Bréfritari: Margrét Bjarnadóttir
Viðtakandi: Jón Borgfirðings Jónsson
Dagsetning: A-1894-08-12
Skrifað á: Reykjavík  Gull.

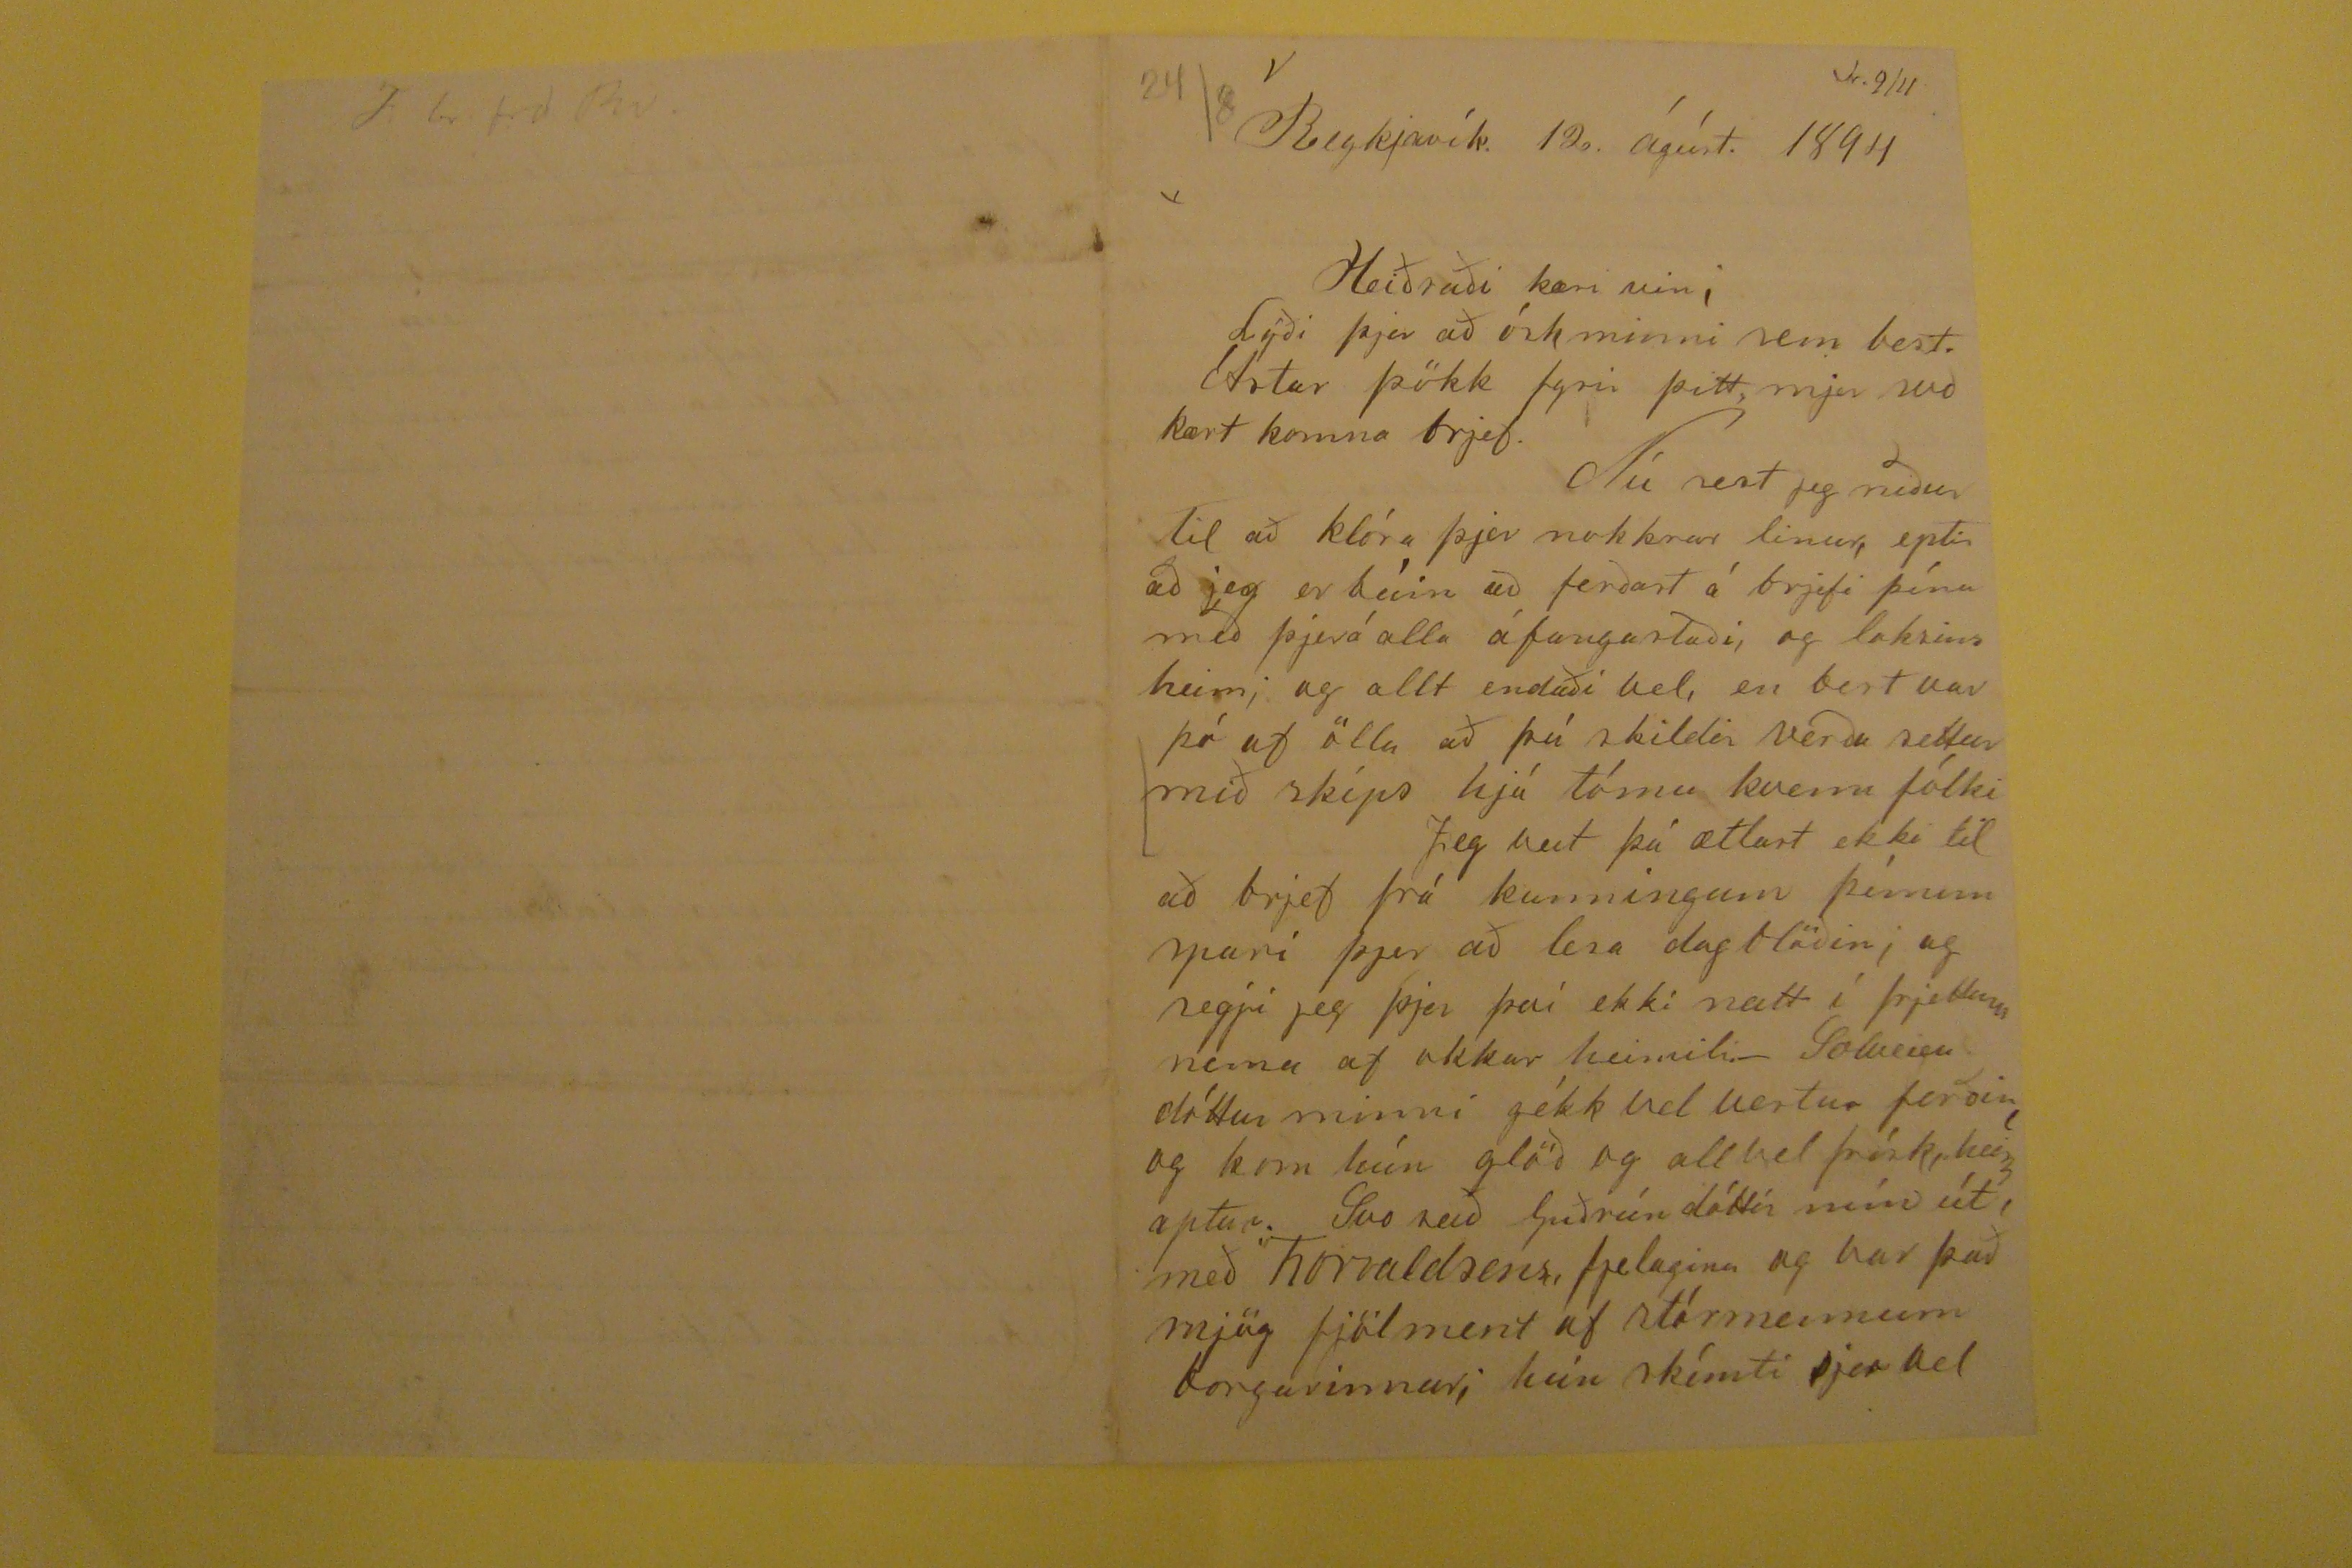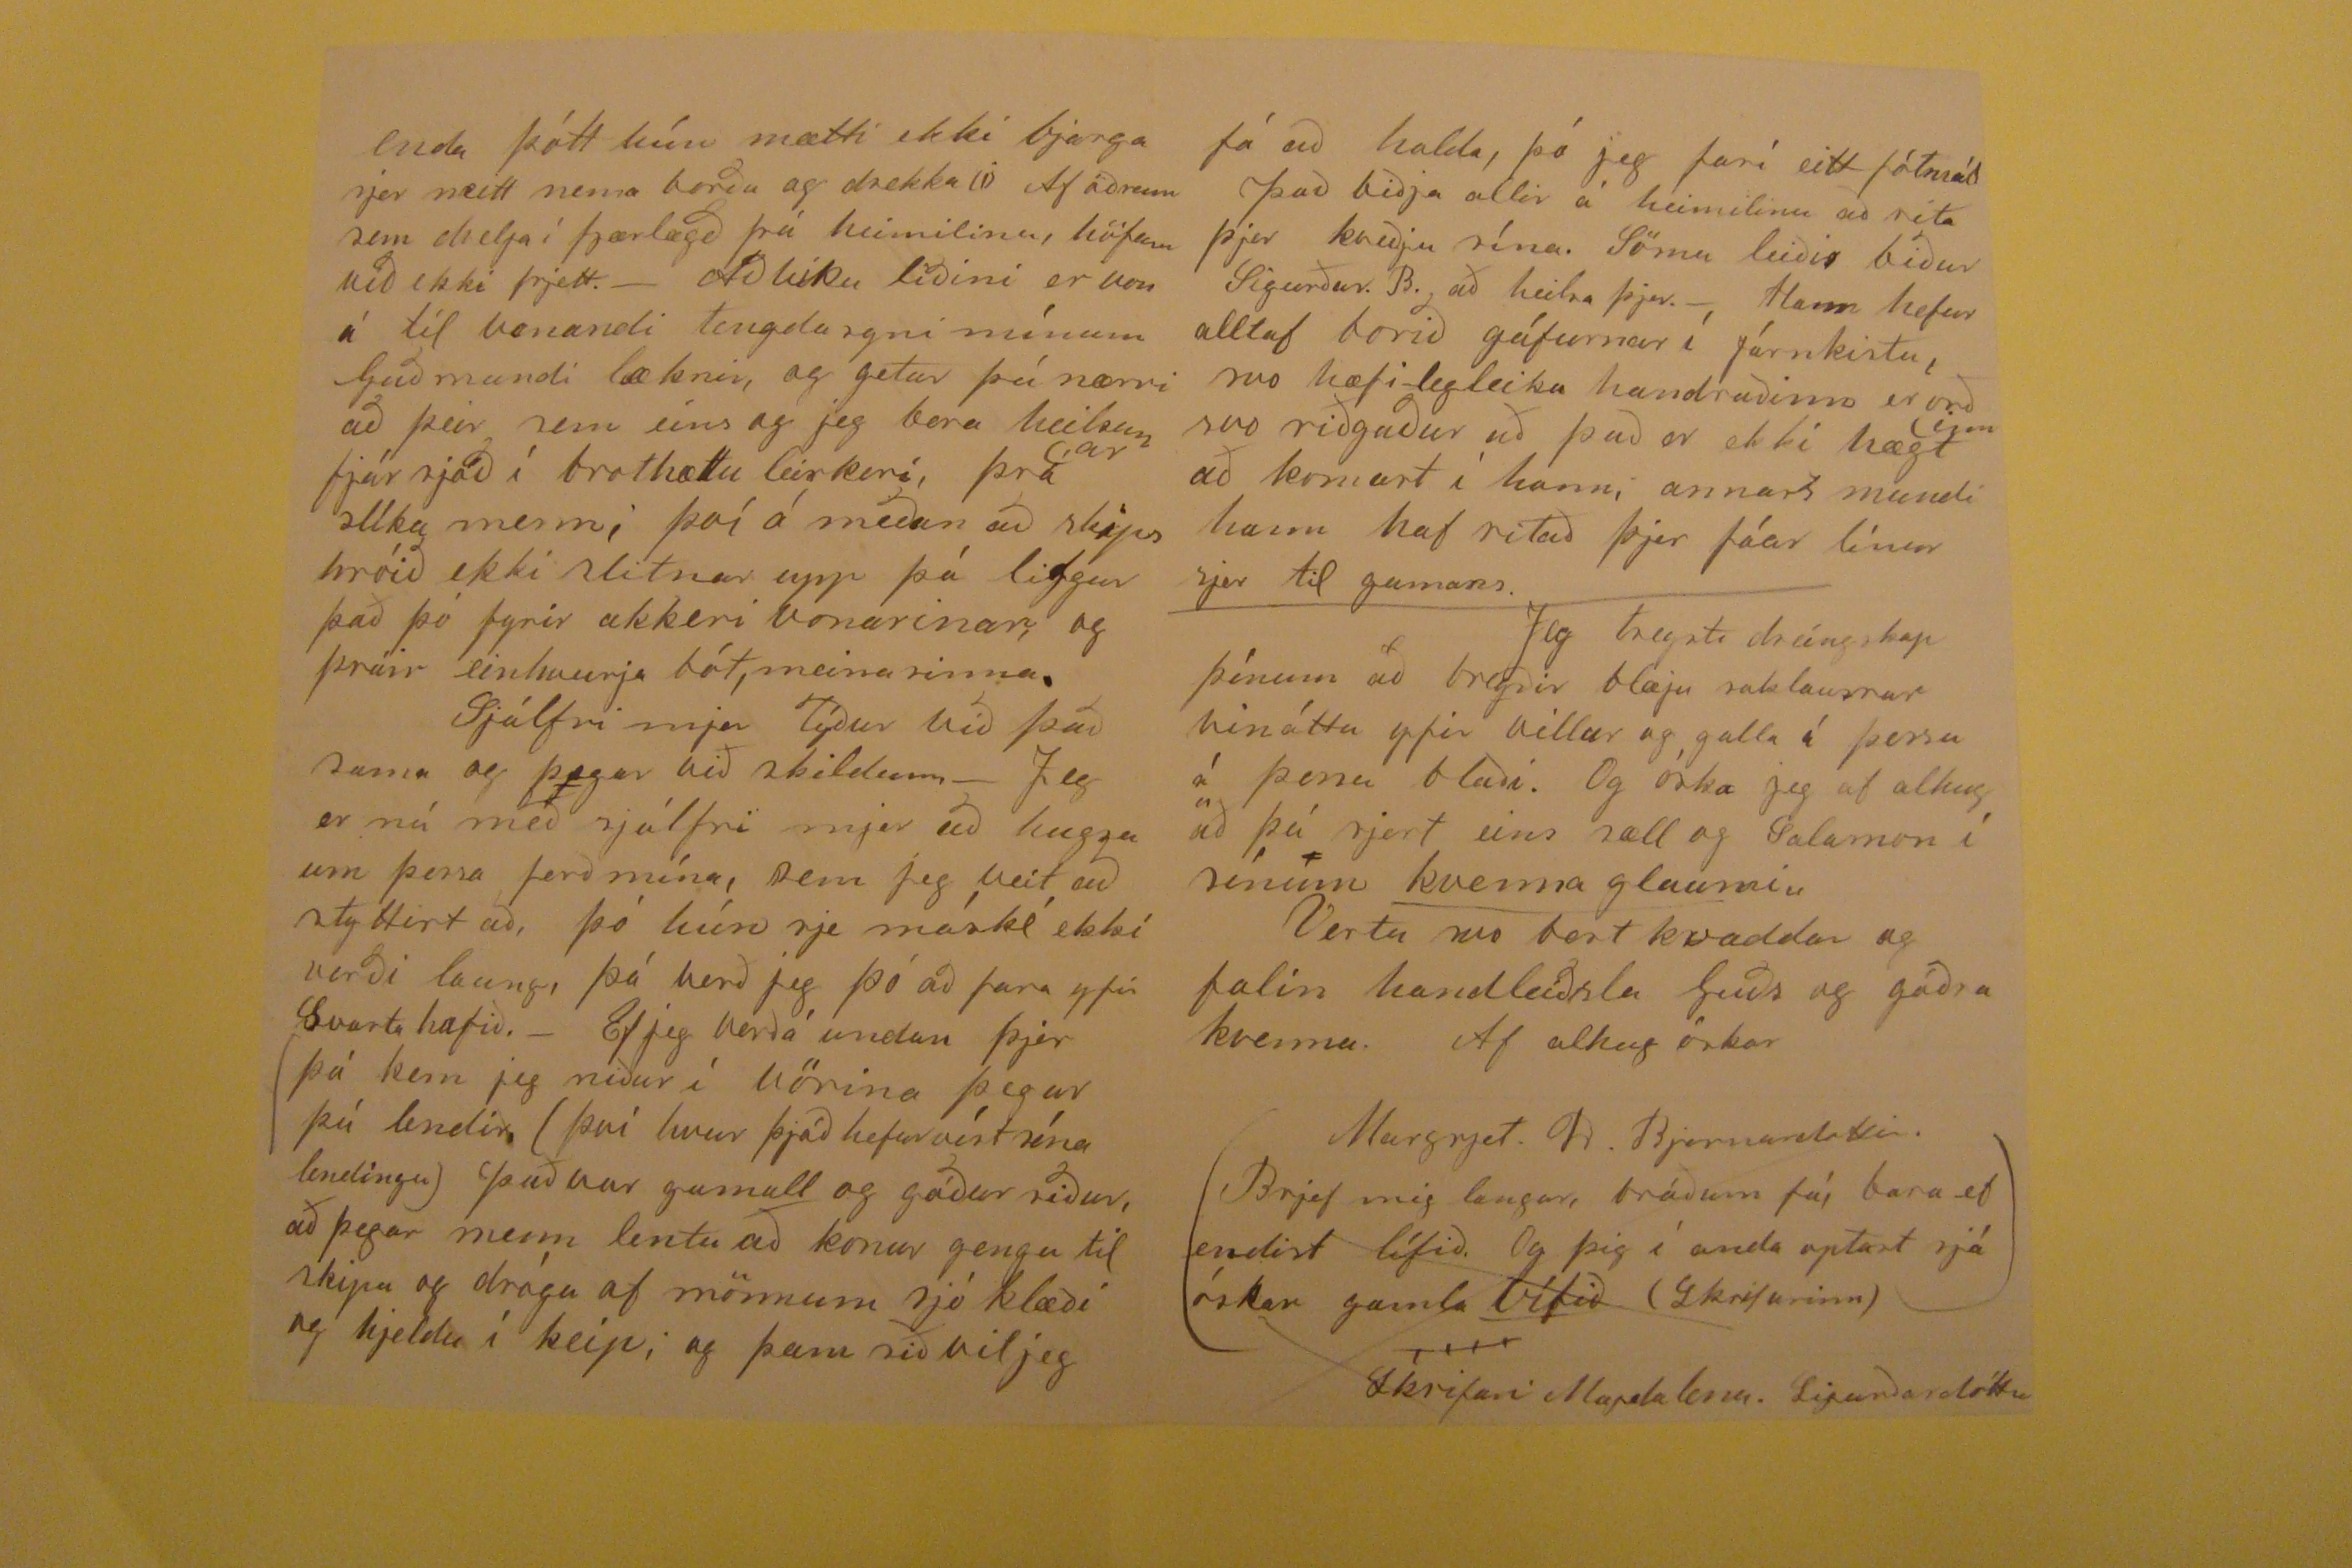

Reykjavík. 12. ágúst. 1894
Heiðraði kæri vin!
Lýði þjer að ósk minni sem best. Ástar þökk fyrir þitt, mjer
svo
kært komna brjef. Nú sest jeg niður til að klóra þjer nokkrar linur, eptir að jeg er búin að ferðast á brjefi þínu með þjerá alla áfangastaði, og loksins heim; og allt endaði vel, en best var þó af öllu að þú skildir verða settur mið skips hjá tómu kvenn fólki Jeg veit þú ætlast ekki til að brjef frá kunningum þínum spari þjer að lesa dagblöðin; og segji jeg þjer því ekki neitt í frjettum nema af okkar himili._ Solveigu dóttur minni gékk vel vestur ferðin og kom hún glöð og allvel fríks, heim aptur._ Svo reið Guðrún dóttir mín út, með Thorvaldsens fjelaginu og var það mjög fjölment af stórmennum borgarinnar, hún skémti sjer vel
enda þótt hún mætti ekki bjarga sjer neitt nema borða og drekka
(;)
Af öðrum sem dvelja i fjærlægð frá heimilinu, höfum við ekki frjett.- Að
líku
leiðini er von á til vonandi tengdasyni mínum Guðmundi lækni, og getur þú nærri að þeir sem eins og jeg bera heilsun
ar
fjár
sjóð
i brothættu leirkeri, þrá slíka menn; því á meðan að skips hróið ekki slitnar upp þá lifgar það þó fyrir akkeri vonarinar, og þráir einhvurja bót, meina sinna Sjálfri mjer lýður við það sama og þegar við skildum,- Jeg er nú með sjálfri mjer að hugsa um þessa ferð mína, sem jeg veit að styttist að, þó húnsje máské ekki verði laung, þá verð jeg þó að fara yfir Svarta hafið.- Ef jeg verðá undan þjer þá kem jeg niður í vörina þegar þú lendir (því hvur þjóð hefur víst sína lendingu) Það var gamall og góður siður, að þegar menn lentu að konur gengu til skipa og drógu af mönnum sjó klæði og hjeldu í keip; og þam sið vil jeg
fá að halda, þó jeg fari eitt
fótmál
Það biðja allir á heimilinu að rita þjer kveðju sína. Sömu leiðis biður Sigurður. B. að heilsa þjer.- Hann hefur alltaf borið gáfurnar í járnkistu, svo hæfilegleika
handruðinn
er orð
inn
svo riðgaður að það er ekki hægt að komast í hann, annars mundi hann haf ritað þjer fáar línur sjer til gamans. Jeg treysti dreingskap þínum að bregðir blæju saklausrar vináttu yfor villur og galla í þessu á þessu blaði. Og óskajeg af alhug að þú sjert eins sæll og Salamon í sínum kvenna glaumi, Vertu svo best kvaddur og falin handleiðslu Guðs og góðra kvenna. Af alhug óskar
Margrjet.
D.
Bjarnardottir.
Brjef mig langar, bráðum fá, bara ef endist lífið. Og þig í anda optast sjá óskar gamla Vífið (Skrifarinn)
Skrifari Magdalena. Sigurðardóttir